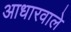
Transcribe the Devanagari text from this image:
आधारवाले